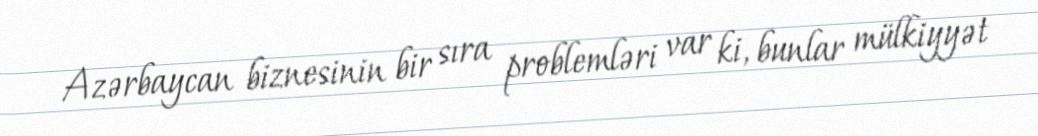
Azərbaycan biznesinin bir sıra problemləri var ki, bunlar mülkiyyət